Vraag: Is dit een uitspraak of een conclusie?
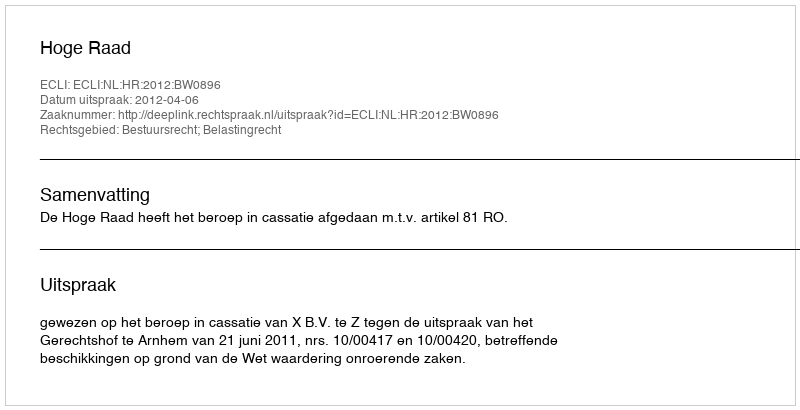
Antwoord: Uitspraak